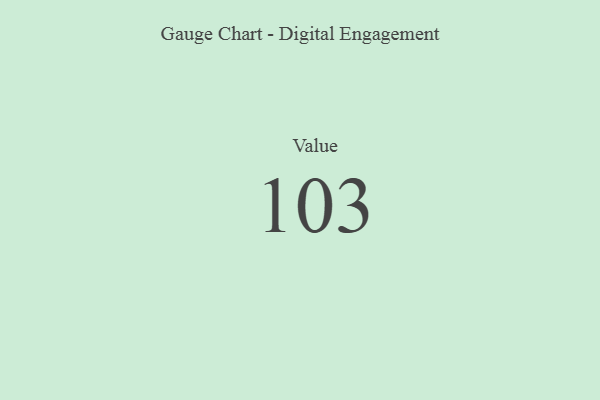
{"axis": {"x": "Metric", "y": "Value"}, "legend": [""], "data": [{"x": "Value", "y": 103, "type": ""}]}